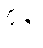
ပို့ချ